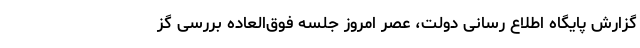
گزارش پایگاه اطلاع رسانی دولت، عصر امروز جلسه فوق‌العاده بررسی گز